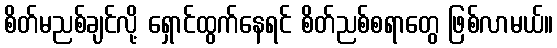
စိတ်မညစ်ချင်လို့ ရှောင်ထွက်နေရင် စိတ်ညစ်စရာတွေ ဖြစ်လာမယ်။